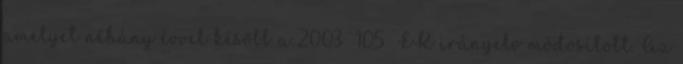
amelyet néhány évvel később a 2003 105 EK irányelv módosított. Az